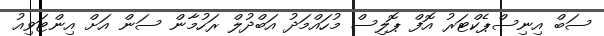
ސަބް އިނިސްޕެކްޓަރު އޮފް ޕޮލިސް މުހައްމަދު އަބްދުލް ރަހުމާން ސަން އަށް އިންޓަވިއު